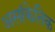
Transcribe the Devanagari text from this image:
असांकेतिक